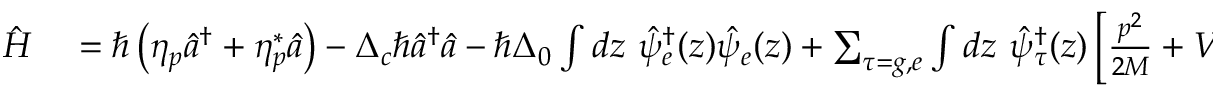
\begin{array} { r l } { \hat { H } } & { { } = \hbar \left( \eta _ { p } \hat { a } ^ { \dagger } + \eta _ { p } ^ { * } \hat { a } \right) - \Delta _ { c } \hbar \hat { a } ^ { \dagger } \hat { a } - \hbar \Delta _ { 0 } \int d z \ \hat { \psi } _ { e } ^ { \dagger } ( z ) \hat { \psi } _ { e } ( z ) + \sum _ { \tau = g , e } \int d z \ \hat { \psi } _ { \tau } ^ { \dagger } ( z ) \left[ \frac { p ^ { 2 } } { 2 M } + V ( z ) \right] \hat { \psi } _ { \tau } ( z ) } \end{array}